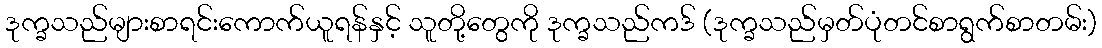
ဒုက္ခသည်များစာရင်းကောက်ယူရန်နှင့် သူတို့တွေကို ဒုက္ခသည်ကဒ် (ဒုက္ခသည်မှတ်ပုံတင်စာရွက်စာတမ်း)